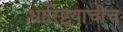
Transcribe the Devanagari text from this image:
धारिष्ट्याचीच